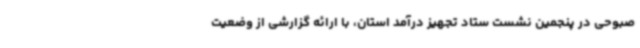
صبوحی در پنجمین نشست ستاد تجهیز درآمد استان، با ارائه گزارشی از وضعیت